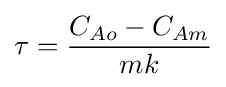
\tau ={\frac {C_{Ao}-C_{Am}}{mk}}